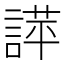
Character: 𧪐